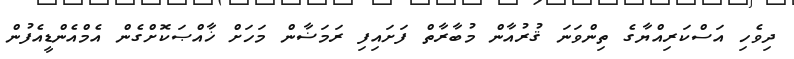
ދިވެހި އަސްކަރިއްޔާގެ ތިންވަނަ ޤުރުއާން މުބާރާތް ފަށައިފި ރަމަޟާން މަހަށް ޚާއްޞަކޮށްގެން އެމްއެންޑީއެފުން